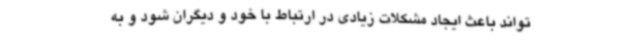
‌تواند باعث ایجاد مشکلات زیادی در ارتباط با خود و دیگران شود و به